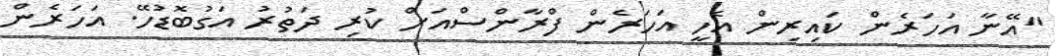
"އޭނާ އަހަރެން ކައިރިން އެހީ އަހަރެން ފްރާންސްއަށް ކުރި ދަތުރު އަގުބޮޑުހޭ. އަހަރެން